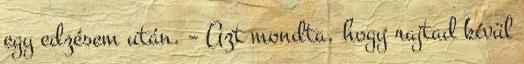
egy edzésem után. – Azt mondta, hogy rajtad kívül